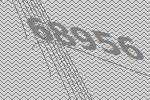
68956